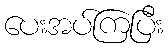
ပေးအပ်ကြပြီး